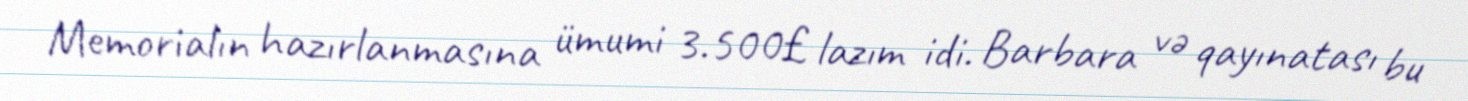
Memorialın hazırlanmasına ümumi 3.500£ lazım idi. Barbara və qayınatası bu